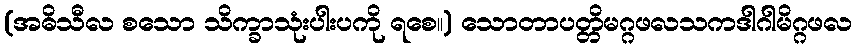
(အဓိသီလ စသော သိက္ခာသုံးပါးပကို ရစေ။) သောတာပတ္တိမဂ္ဂဖလသကဒါဂါမိဂ္ဂဖလ